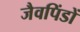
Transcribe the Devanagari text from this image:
जैवपिंडों